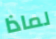
لماذا